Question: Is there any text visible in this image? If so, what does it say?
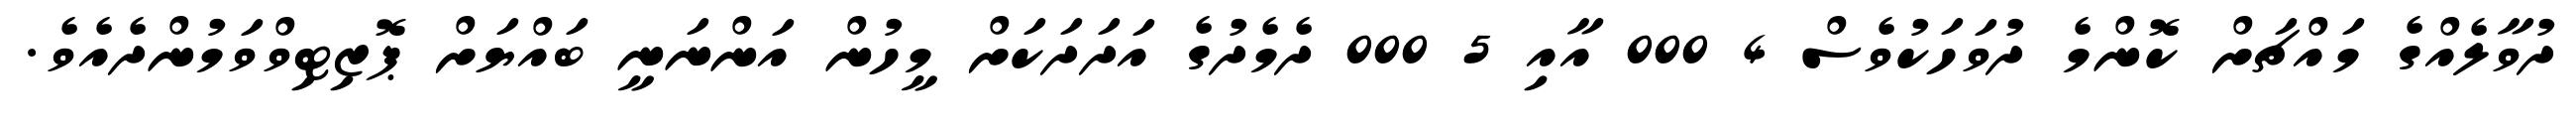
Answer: ދުވާލެއްގެ މައްޗަށް ކޮންމެ ދުވަހަކުވެސް 4 000 އާއި 5 000 ދެމެދުގެ އަދަދަކަށް މީހުން އަންނަނީ ބައްޔަށް ޕޮޒިޓިވްވަމުންދެއެވެ.